Medical and sanitary report of the native army of Madras for the year
Year: 1878
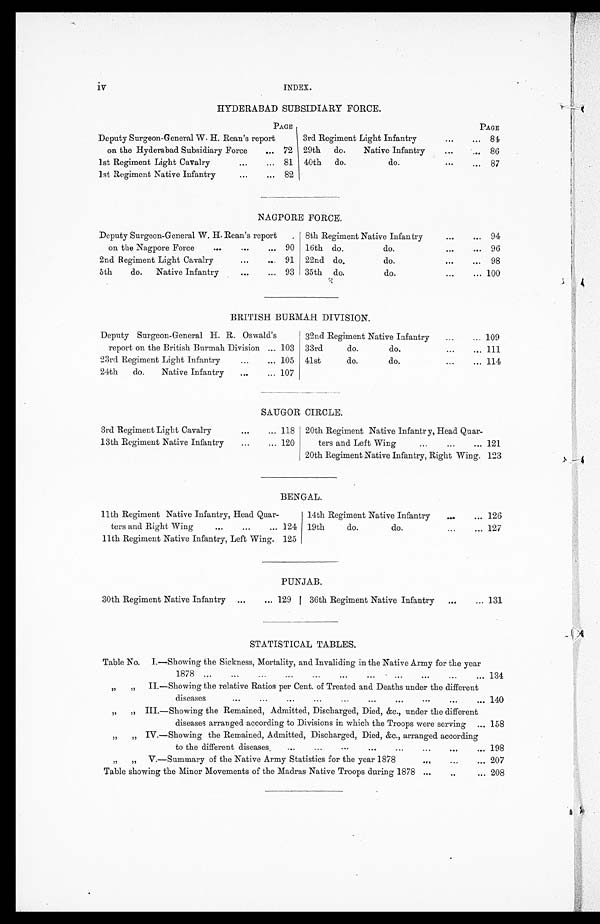
iv
INDEX.
HYDERABAD SUBSIDIARY FORCE.
PAGE
Deputy Surgeon-General W. H. Rean's report
on the Hyderabad Subsidiary Force . . .
72
1st Regiment Light Cavalry . . .
81
1st Regiment Native Infantry . . .
82
PAGE
3rd Regiment Light Infantry . . .
84
29th do. Native Infantry . . .
86
40th do. do. . . .
87
NAGPORE FORCE.
Deputy Surgeon-General W. H. Rean's report
on the Nagpore Force . . .
90
2nd Regiment Light Cavalry . . .
9 1
5th do. Native Infantry . . .
93
8th Regiment Native Infantry . . .
94
16th do. do. . . .
96
22nd do. do. . . .
98
35th do. do. . . . 100
BRITISH BURMAH DIVISION.
Deputy Surgeon-General H. R. Oswald's
report on the British Burmah Division . . . 103
23rd Regiment Light Infantry . . . 105
24th do. Native Infantry . . . 107
32nd Regiment Native Infantry . . . 109
33rd do. do. . . . 111
41st do. do. . . .
114
SAUGOR CIRCLE.
3rd Regiment Light Cavalry . . . 118
13th Regiment Native Infantry . . . 120
20th Regiment Native Infantry , Head Quar -
ters and Left Wing . . . 121
20th Regiment Native Infantry, Right Wing. 123
BENGAL.
11th Regiment Native Infantry, Head Quar-
t ters and Right Wing . . . 124
11th Regiment Native Infantry, Left Wing.
125
14th Regiment Native Infantry . . . 126
19th do. do. . . . 127
PUNJAB.
30th Regiment Native Infantry . . . 129
36th Regiment Native Infantry . . . 131
STATISTICAL TABLES.
Table No. I.—Showing the Sickness, Mortality, and Invaliding in the Native Army for the year
1 8 7 8 . . .
134
"
"
II.—Showing the relative Ratios per Cent. of Treated and Deaths under the different diseases . . .
140
" " III.—Showing the Remained, Admitted, Discharged, Died, &c., under the different
diseases arranged according to Divisions in which the Troops were serving . . . 158
" " IV.—Showing the Remained, Admitted, Discharged, Died, &c., arranged according
t o t h e d i f f e r e n t d i s e a s e s . . . .
198
207
Table showing the Minor Movements of the Madras Native Troops during 1878 . . . 208